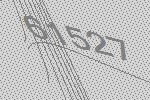
61527